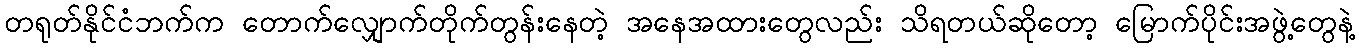
တရုတ်နိုင်ငံဘက်က တောက်လျှောက်တိုက်တွန်းနေတဲ့ အနေအထားတွေလည်း သိရတယ်ဆိုတော့ မြောက်ပိုင်းအဖွဲ့တွေနဲ့